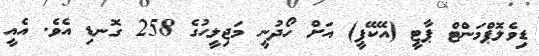
ޑިވެލޮޕްމަންޓް ޕާޓީ (އޭކޭޕީ) އަށް ހޯދުނީ މަޖިލީހުގެ 258 ގޮނޑި އެވެ. އެއީ